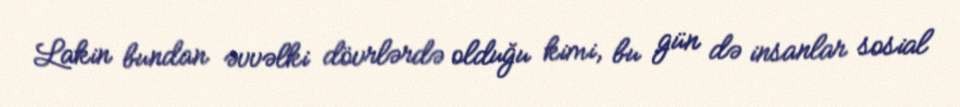
Lakin bundan əvvəlki dövrlərdə olduğu kimi, bu gün də insanlar sosial